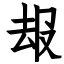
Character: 叝